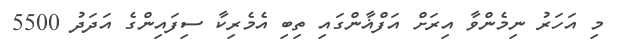
މި އަހަރު ނިމެންވާ އިރަށް އަފްޣާންގައި ތިބި އެމެރިކާ ސިފައިންގެ އަދަދު 5500